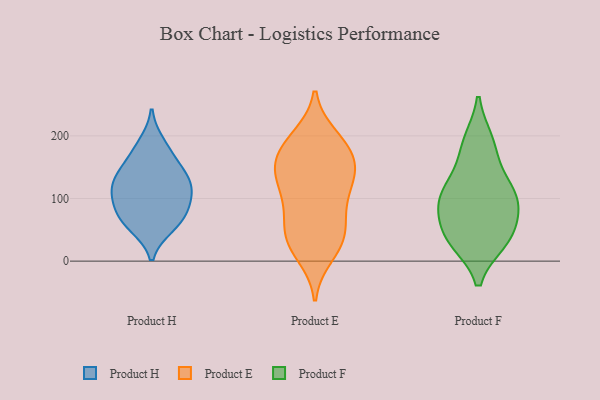
{"axis": {"x": "Headcount", "y": "Value"}, "legend": ["Product E", "Product F", "Product H"], "data": [{"x": "", "y": 117, "type": "Product H"}, {"x": "", "y": 57, "type": "Product H"}, {"x": "", "y": 55, "type": "Product H"}, {"x": "", "y": 100, "type": "Product H"}, {"x": "", "y": 95, "type": "Product H"}, {"x": "", "y": 120, "type": "Product H"}, {"x": "", "y": 170, "type": "Product H"}, {"x": "", "y": 71, "type": "Product H"}, {"x": "", "y": 135, "type": "Product H"}, {"x": "", "y": 150, "type": "Product H"}, {"x": "", "y": 79, "type": "Product H"}, {"x": "", "y": 130, "type": "Product H"}, {"x": "", "y": 189, "type": "Product H"}, {"x": "", "y": 135, "type": "Product E"}, {"x": "", "y": 57, "type": "Product E"}, {"x": "", "y": 198, "type": "Product E"}, {"x": "", "y": 10, "type": "Product E"}, {"x": "", "y": 193, "type": "Product E"}, {"x": "", "y": 145, "type": "Product E"}, {"x": "", "y": 76, "type": "Product E"}, {"x": "", "y": 103, "type": "Product E"}, {"x": "", "y": 28, "type": "Product E"}, {"x": "", "y": 38, "type": "Product E"}, {"x": "", "y": 155, "type": "Product E"}, {"x": "", "y": 106, "type": "Product E"}, {"x": "", "y": 180, "type": "Product E"}, {"x": "", "y": 120, "type": "Product E"}, {"x": "", "y": 152, "type": "Product E"}, {"x": "", "y": 184, "type": "Product E"}, {"x": "", "y": 53, "type": "Product E"}, {"x": "", "y": 25, "type": "Product E"}, {"x": "", "y": 151, "type": "Product E"}, {"x": "", "y": 109, "type": "Product F"}, {"x": "", "y": 86, "type": "Product F"}, {"x": "", "y": 100, "type": "Product F"}, {"x": "", "y": 34, "type": "Product F"}, {"x": "", "y": 32, "type": "Product F"}, {"x": "", "y": 44, "type": "Product F"}, {"x": "", "y": 139, "type": "Product F"}, {"x": "", "y": 107, "type": "Product F"}, {"x": "", "y": 85, "type": "Product F"}, {"x": "", "y": 185, "type": "Product F"}, {"x": "", "y": 191, "type": "Product F"}, {"x": "", "y": 38, "type": "Product F"}]}